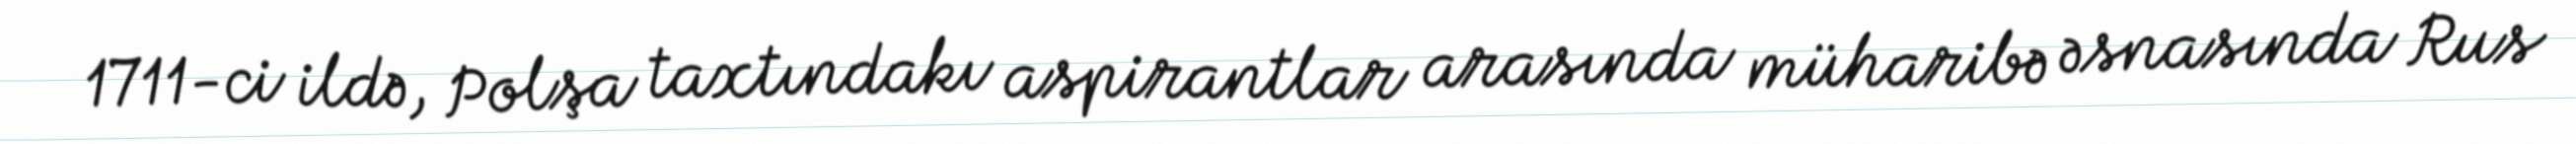
1711-ci ildə, Polşa taxtındakı aspirantlar arasında müharibə əsnasında Rus